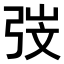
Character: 𭚱